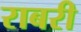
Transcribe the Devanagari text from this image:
राबरी